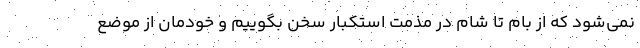
نمی‌شود که از بام تا شام در مذمت استکبار سخن بگوییم و خودمان از موضع